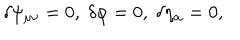
\delta \psi _ { \mu \nu } = 0 , \; \delta \varphi = 0 , \; \delta \eta _ { \alpha } = 0 ,